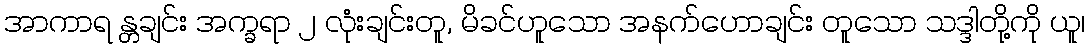
အာကာရ န္တချင်း အက္ခရာ ၂ လုံးချင်းတူ, မိခင်ဟူသော အနက်ဟောချင်း တူသော သဒ္ဒါတို့ကို ယူ၊